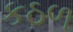
કઠળ